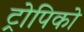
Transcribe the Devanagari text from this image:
ट्रोपिको